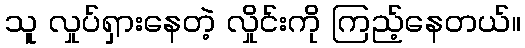
သူ လှုပ်ရှားနေတဲ့ လှိုင်းကို ကြည့်နေတယ်။